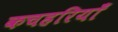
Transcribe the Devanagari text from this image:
कचहरियाँ